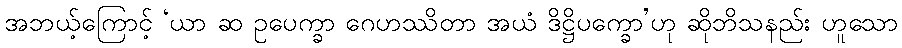
အဘယ့်ကြောင့် ‘ယာ ဆ ဥပေက္ခာ ဂေဟဿိတာ အယံ ဒိဋ္ဌိပက္ခော’ဟု ဆိုဘိသနည်း ဟူသော